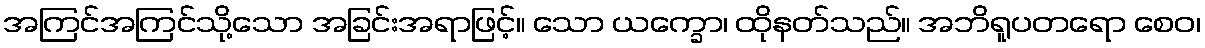
အကြင်အကြင်သို့သော အခြင်းအရာဖြင့်။ သော ယက္ခော၊ ထိုနတ်သည်။ အဘိရူပတရော စေဝ၊